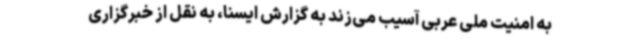
به امنیت ملی عربی آسیب می‌زند به گزارش ایسنا، به نقل از خبرگزاری